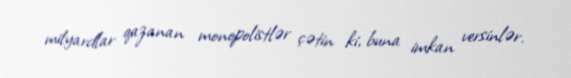
milyardlar qazanan monopolistlər çətin ki, buna imkan versinlər.